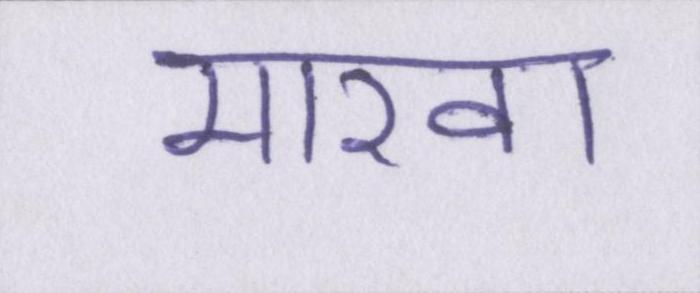
मारवा